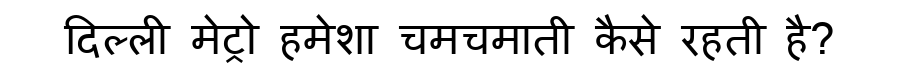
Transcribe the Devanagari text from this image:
दिल्ली मेट्रो हमेशा चमचमाती कैसे रहती है?